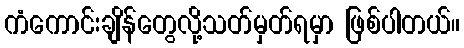
ကံကောင်းချိန်တွေလို့သတ်မှတ်ရမှာ ဖြစ်ပါတယ်။